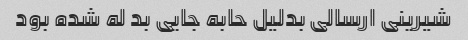
شیرینی ارسالی بدلیل حابه جایی بد له شده بود